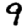
Digit: 9